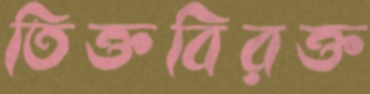
তিক্তবিরক্ত